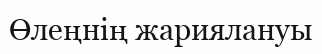
Өлеңнің жариялануы